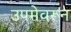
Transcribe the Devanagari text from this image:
उपमेवरून